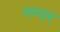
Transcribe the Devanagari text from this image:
नम्वर